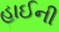
હાઈની